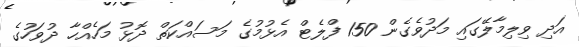
އަދި ވިލިމާލޭގައި މަދުވެގެން 150 ފްލެޓް އެޅުމުގެ މަސައްކަތް ދޮޅު މަހެއްހާ ދުވަހުގެ